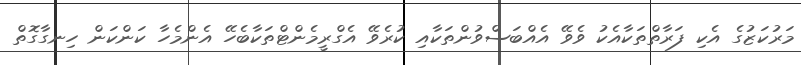
މަރުކަޒުގެ އެކި ފަރާތްތަކާއެކު ވެވޭ އެއްބަސްވުންތަކާއި ކުރެވޭ އެގްރީމެންޓްތަކާބެހޭ އެންމެހާ ކަންކަން ހިނގާގޮތް